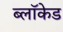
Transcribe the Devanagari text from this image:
ब्लॉकेड